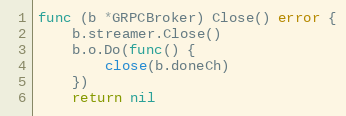
Language: Go
func (b *GRPCBroker) Close() error {
	b.streamer.Close()
	b.o.Do(func() {
		close(b.doneCh)
	})
	return nil